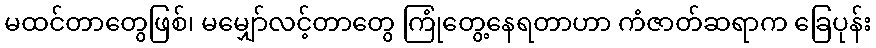
မထင်တာတွေဖြစ်၊ မမျှော်လင့်တာတွေ ကြုံတွေ့နေရတာဟာ ကံဇာတ်ဆရာက ခြေပုန်း